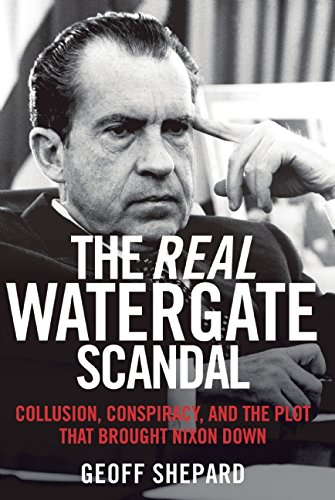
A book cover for The Real Watergate Scandal: Collusion, Conspiracy, and the Plot That Brought Nixon Down; Geoff Shepard; Biographies & Memoirs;